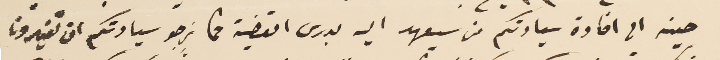
حينه الى افادة سيادتكم من سيعهد اليه بدرس القضية مما نرجو سيادتكم ان تغيرون